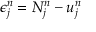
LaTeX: \epsilon _ { j } ^ { n } = N _ { j } ^ { n } - u _ { j } ^ { n }